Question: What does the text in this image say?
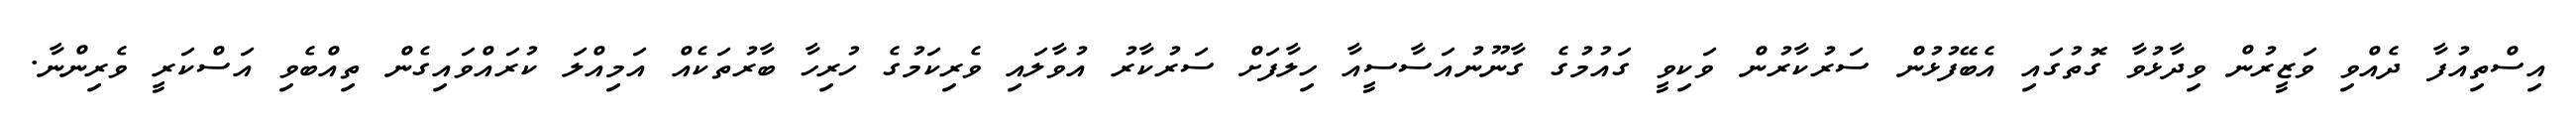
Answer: އިސްތިއުފާ ދެއްވި ވަޒީރުން ވިދާޅުވާ ގޮތުގައި އެބޭފުޅުން ސަރުކާރުން ވަކިވީ ގައުމުގެ ގާނޫނުއަސާސީއާ ހިލާފަށް ސަރުކާރު އުވާލައި ވެރިކަމުގެ ހުރިހާ ބާރުތަކެއް އަމިއްލަ ކުރައްވައިގެން ތިއްބެވި އަސްކަރީ ވެރިންނާ.